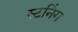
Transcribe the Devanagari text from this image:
स्टनिंग